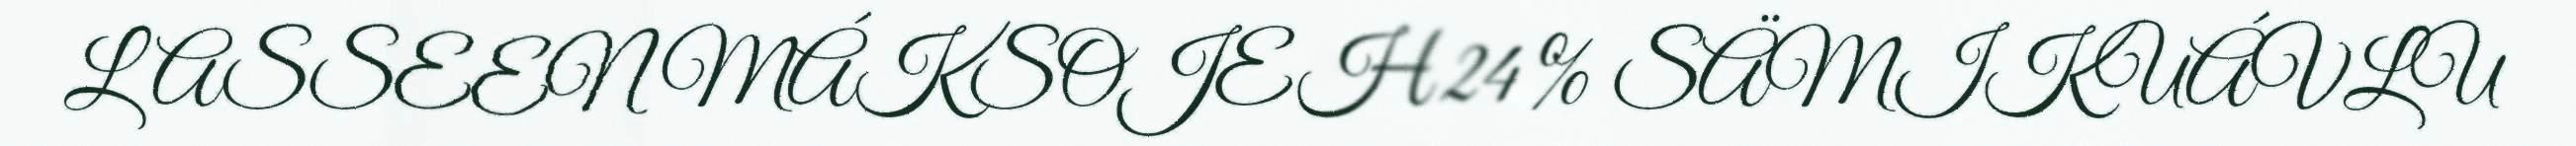
LASSEEN MÁKSOJEH 24 % SÄMIKUÁVLU